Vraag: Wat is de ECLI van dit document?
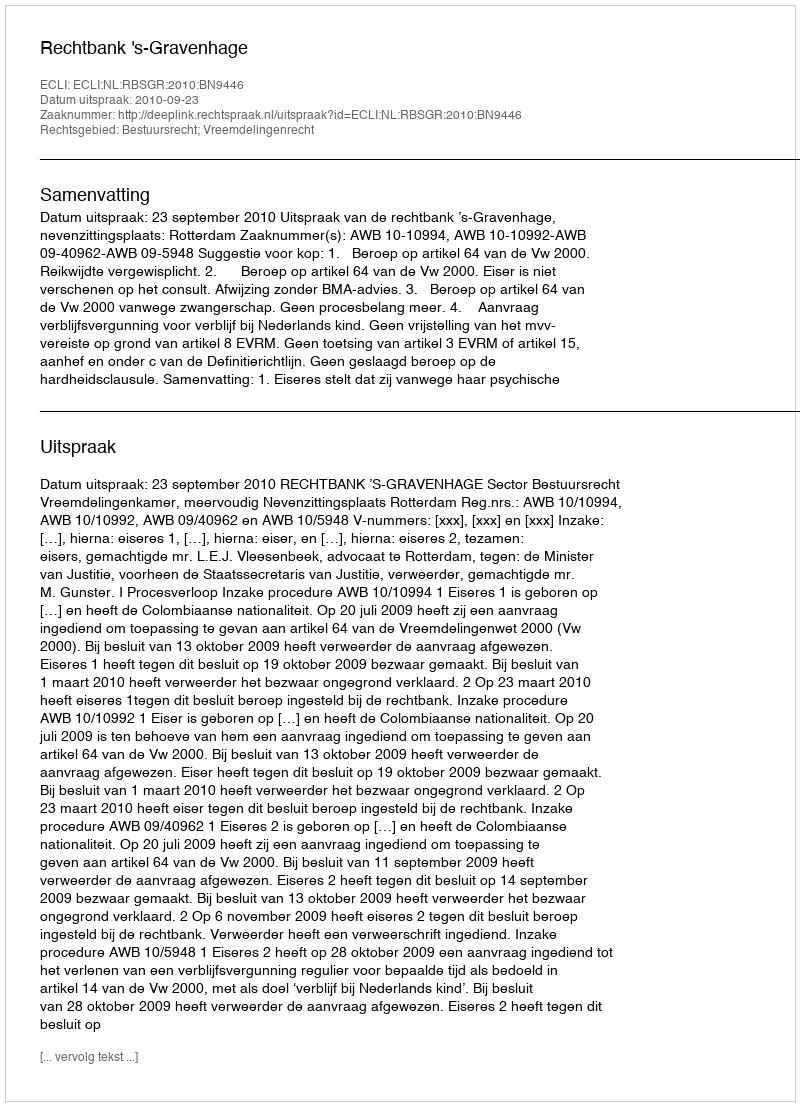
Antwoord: ECLI:NL:RBSGR:2010:BN9446